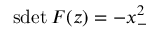
\mathrm { s d e t } \: { \cal F } ( z ) = - x _ { - } ^ { 2 }